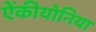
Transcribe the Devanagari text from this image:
ऐंकीयोनिया